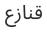
قنازع